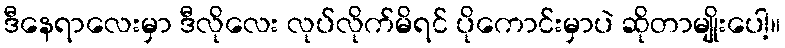
ဒီနေရာလေးမှာ ဒီလိုလေး လုပ်လိုက်မိရင် ပိုကောင်းမှာပဲ ဆိုတာမျိုးပေါ့။